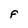
Character: F